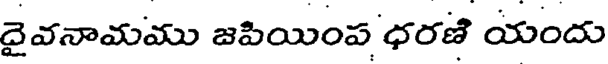
దైవనామము జపియింప ధరణి యందు